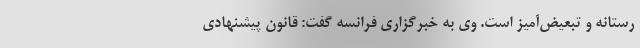
رستانه و تبعیض‌آمیز است. وی به خبرگزاری فرانسه گفت: قانون پیشنهادی